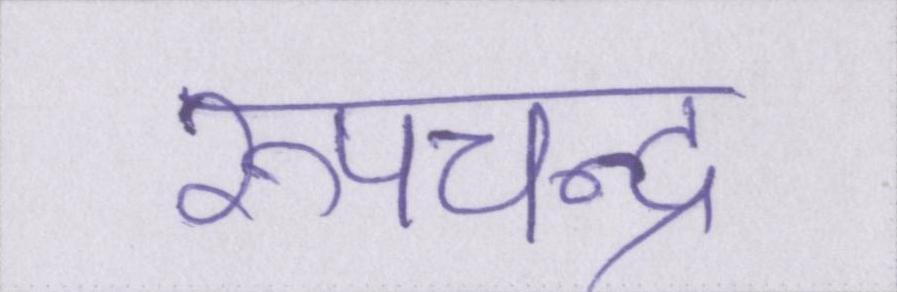
रूपचन्द्र